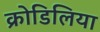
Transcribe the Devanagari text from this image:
क्रोडिलिया